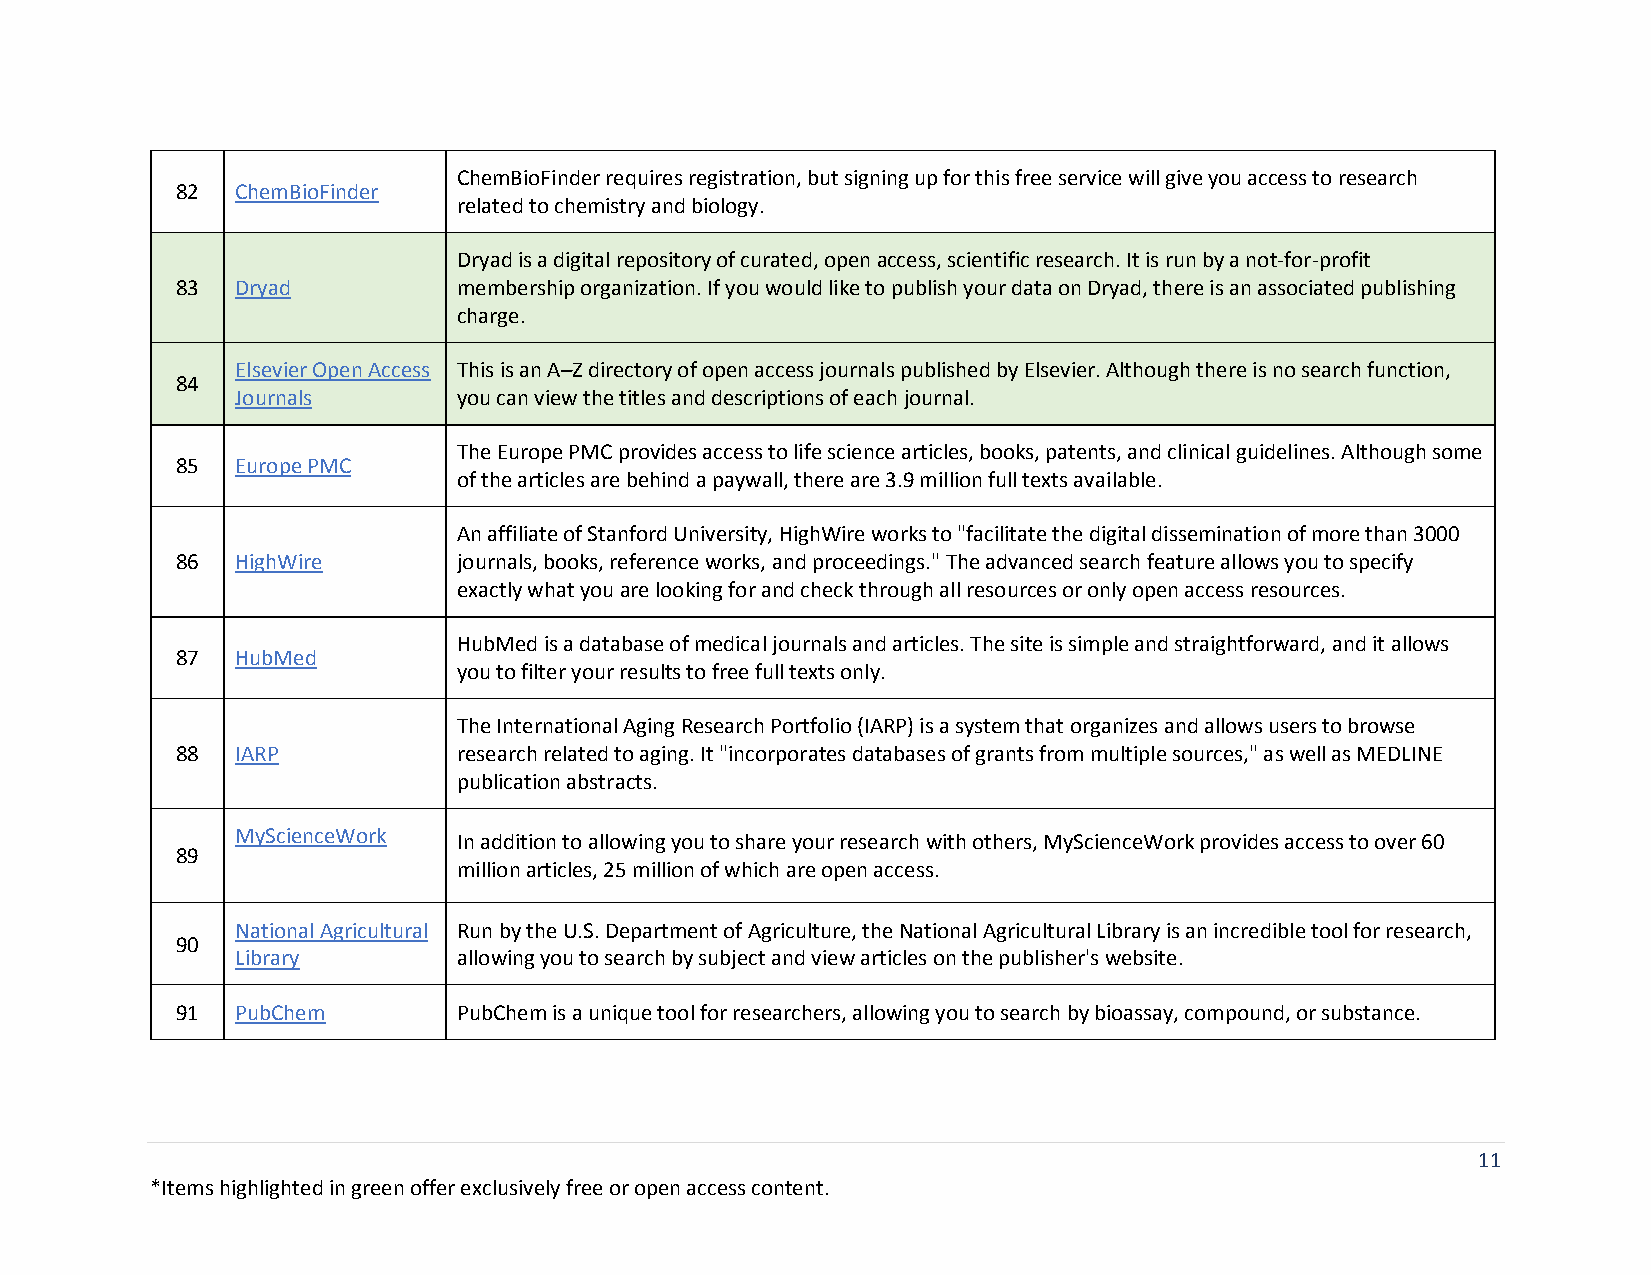
ChemBioFinder requires registration, but signing up for this free service will give you access to research
 82  ChemBioFinder
 related to chemistry and biology.
 Dryad is a digital repository of curated, open access, scientific research. It is run by a not-for-profit
 83  Dryad         membership organization. If you would like to publish your data on Dryad, there is an associated publishing
 charge.
 Elsevier Open Access This is an A–Z directory of open access journals published by Elsevier. Although there is no search function,
 84
 Journals      you can view the titles and descriptions of each journal.
 The Europe PMC provides access to life science articles, books, patents, and clinical guidelines. Although some
 85  Europe PMC
 of the articles are behind a paywall, there are 3.9 million full texts available.
 An affiliate of Stanford University, HighWire works to "facilitate the digital dissemination of more than 3000
 86  HighWire      journals, books, reference works, and proceedings." The advanced search feature allows you to specify
 exactly what you are looking for and check through all resources or only open access resources.
 HubMed is a database of medical journals and articles. The site is simple and straightforward, and it allows
 87  HubMed
 you to filter your results to free full texts only.
 The International Aging Research Portfolio (IARP) is a system that organizes and allows users to browse
 88  IARP          research related to aging. It "incorporates databases of grants from multiple sources," as well as MEDLINE
 publication abstracts.
 MyScienceWork In addition to allowing you to share your research with others, MyScienceWork provides access to over 60
 89
 million articles, 25 million of which are open access.
 National Agricultural Run by the U.S. Department of Agriculture, the National Agricultural Library is an incredible tool for research,
 90
 Library       allowing you to search by subject and view articles on the publisher's website.
 91  PubChem       PubChem is a unique tool for researchers, allowing you to search by bioassay, compound, or substance.
 11
 *Items highlighted in green offer exclusively free or open access content.